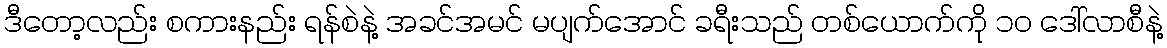
ဒီတော့လည်း စကားနည်း ရန်စဲနဲ့ အခင်အမင် မပျက်အောင် ခရီးသည် တစ်ယောက်ကို ၁၀ ဒေါ်လာစီနဲ့